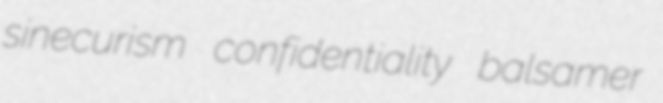
sinecurism confidentiality balsamer